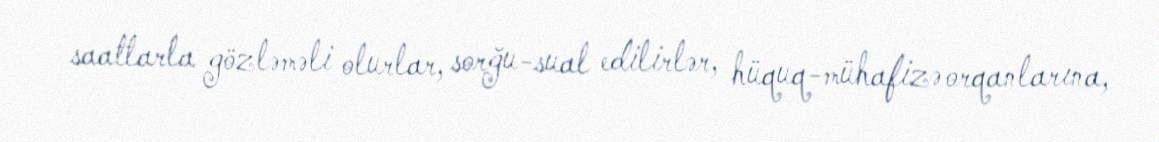
saatlarla gözləməli olurlar, sorğu-sual edilirlər, hüquq-mühafizə orqanlarına,